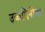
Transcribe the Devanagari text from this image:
उज्जयिनीचा